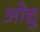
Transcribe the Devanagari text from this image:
ओद्यु